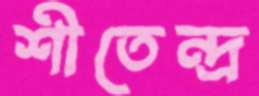
শীতেন্দ্র